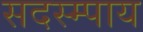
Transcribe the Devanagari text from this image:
सदस्म्पाय